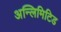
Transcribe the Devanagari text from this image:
अन्लिमिटिड